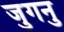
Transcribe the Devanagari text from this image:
जुगनु